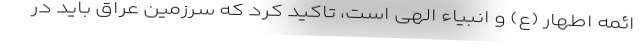
ائمه اطهار (ع) و انبیاء الهی است، تاکید کرد که سرزمین عراق باید در